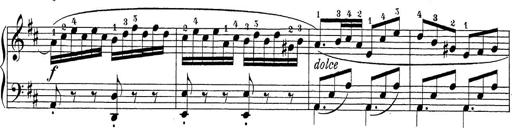
Title: Sonatina Album
Composer: Louis KÃ¶hler